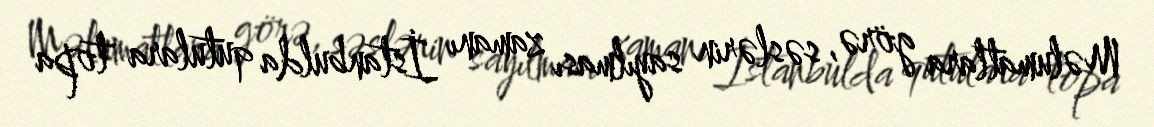
Məlumatlara görə, səslərin sayılması zamanı İstanbulda qutulara topa